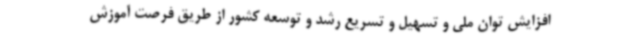
افزایش توان ملی و تسهیل و تسریع رشد و توسعه کشور از طریق فرصت آموزش